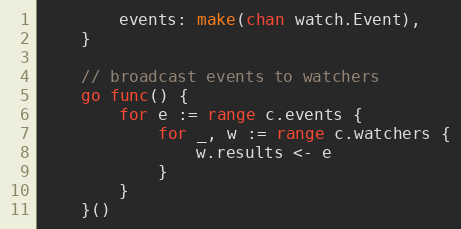
Language: Go
		events: make(chan watch.Event),
	}

	// broadcast events to watchers
	go func() {
		for e := range c.events {
			for _, w := range c.watchers {
				w.results <- e
			}
		}
	}()